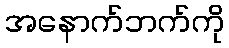
အနောက်ဘက်ကို